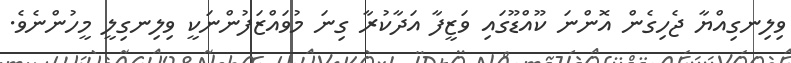
ވިލިނގިއްޔާ ޖެހިގެން އޮންނަ ކޫއްޑޫގައި ވަޒީފާ އަދާކުރާ ގިނަ މުވައްޒަފުންނަކީ ވިލިނގިލީ މީހުންނެވެ.